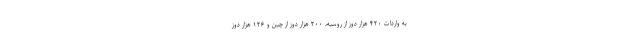
به واردات ۴۲۰ هزار دوز از روسیه، ۲۰۰ هزار دوز از چین و ۱۲۶ هزار دوز